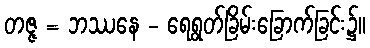
တဇ္ဇ = ဘဿနေ - ရေရွတ်ခြိမ်းခြောက်ခြင်း၌။